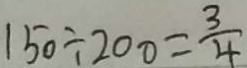
1 5 0 \div 2 0 0 = \frac { 3 } { 4 }